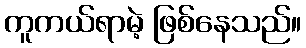
ကူကယ်ရာမဲ့ ဖြစ်နေသည်။